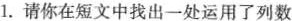
1.请你在短文中找出一处运用了列数